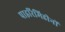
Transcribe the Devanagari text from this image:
पाइरिमिडीनों